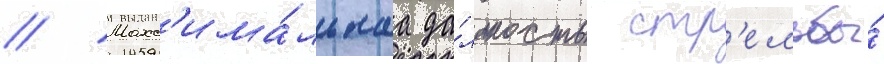
// Макс'има́льнаа да́льность стр'ельбы́